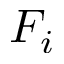
F _ { i }